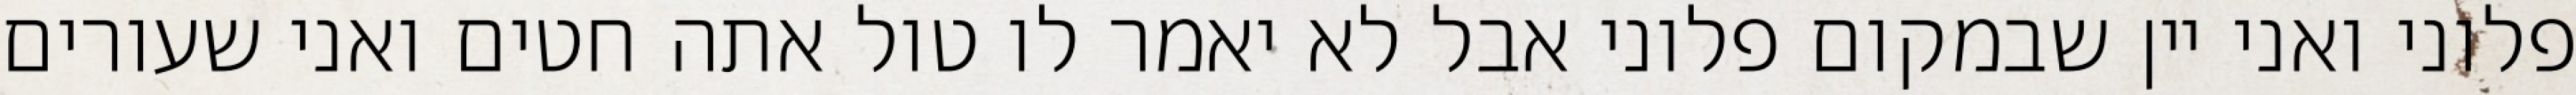
פלוני ואני יין שבמקום פלוני אבל לא יאמר לו טול אתה חטים ואני שעורים